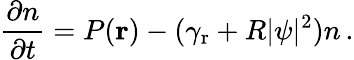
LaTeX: \frac{\partial{n}}{\partial{t}}=P(\textbf{r})-(\gamma_{\mathrm{r}}+R|\psi|^{2})n\, .